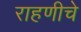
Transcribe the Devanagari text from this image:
राहणीचे